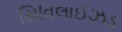
સિવિલાઈઝડ